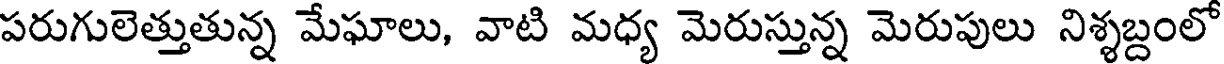
పరుగులెత్తుతున్న మేఘాలు, వాటి మధ్య మెరుస్తున్న మెరుపులు నిశ్శబ్దంలో